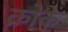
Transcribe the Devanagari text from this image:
क्रोके